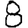
Digit: 8